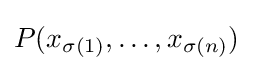
P(x_{\sigma (1)},\dots ,x_{\sigma (n)})